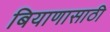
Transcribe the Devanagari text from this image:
बियाणासाठी